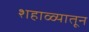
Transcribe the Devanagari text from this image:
शहाळ्यातून